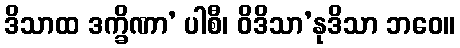
ဒိသာထ ဒက္ခိဏာ’ ပါစီ၊ ဝိဒိသာ’နုဒိသာ ဘဝေ။